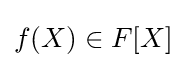
f(X)\in F[X]